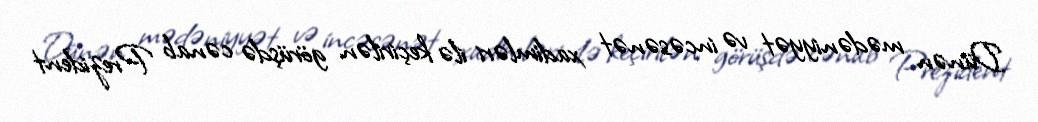
Dünən mədəniyyət və incəsənət xadimləri ilə keçirilən görüşdə cənab Prezident